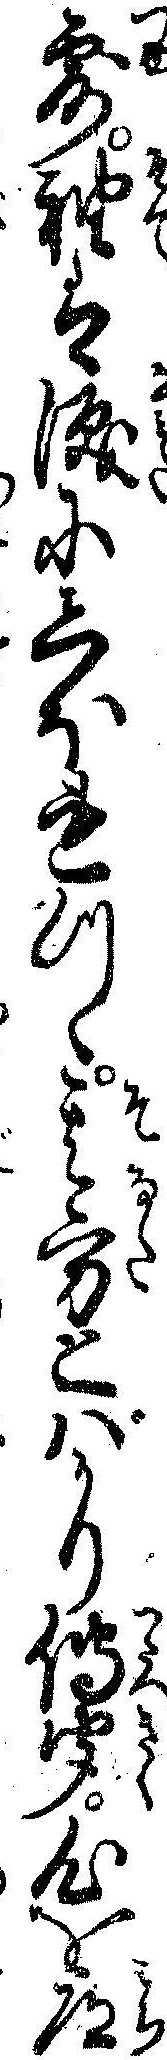
露袖は涙にしほれつゝ其方とバかり伝聞心を道